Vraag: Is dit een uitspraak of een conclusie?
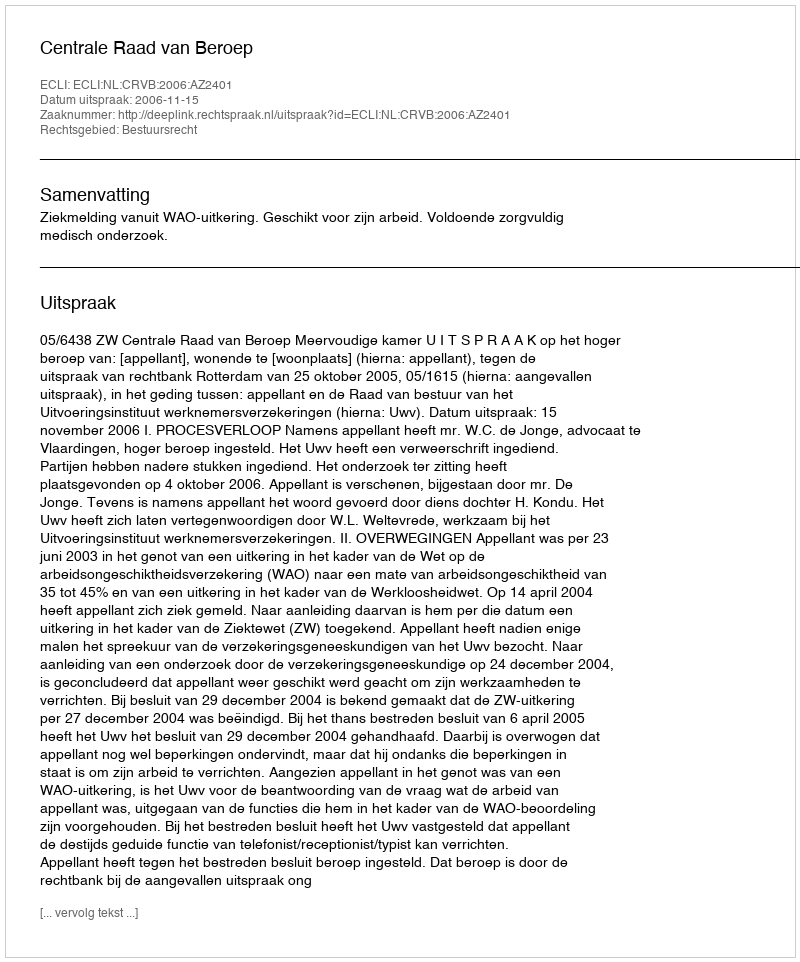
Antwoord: Uitspraak